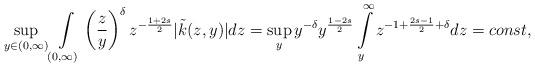
LaTeX: \begin{align*}\sup\limits_{y\in(0,\infty)} \int\limits_{(0,\infty)}\left( \frac{z}{y} \right)^{\delta} z^{- \frac{1+2s}{2}} |\tilde{k}(z,y)|d z = \sup\limits_{y}y^{-\delta} y^{\frac{1-2s}{2}} \int\limits_{y}^{\infty} z^{-1 + \frac{2s-1}{2}+\delta}dz = const,\end{align*}